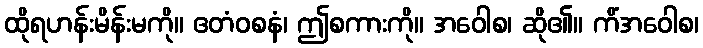
ထိုရဟန်းမိန်းမကို။ ဧတံဝစနံ၊ ဤစကားကို။ အဝေါစ၊ ဆို၏။ ကိံအဝေါစ၊